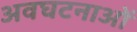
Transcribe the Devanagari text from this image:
अवघटनाओं